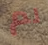
لم